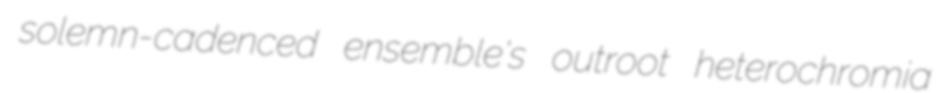
solemn-cadenced ensemble's outroot heterochromia